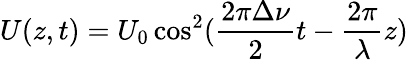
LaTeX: U(z,t)=U_{0}\cos^{2}(\frac{2\pi\Delta\nu}{2}t-\frac{2\pi}{\lambda}z)